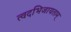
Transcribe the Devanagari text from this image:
त्वदभिजायताम्